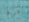
درج